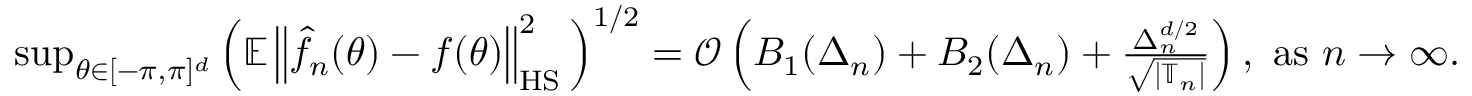
\begin{array} { r } { \operatorname* { s u p } _ { \theta \in [ - \pi , \pi ] ^ { d } } \Big ( \mathbb { E } \left\Vert \hat { f } _ { n } ( \theta ) - f ( \theta ) \right\Vert _ { \mathrm { H S } } ^ { 2 } \Big ) ^ { 1 / 2 } = \mathcal { O } \left( B _ { 1 } ( \Delta _ { n } ) + B _ { 2 } ( \Delta _ { n } ) + \frac { \Delta _ { n } ^ { d / 2 } } { \sqrt { | \mathbb T _ { n } | } } \right) , \ \mathrm { a s } \ n \to \infty . } \end{array}